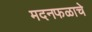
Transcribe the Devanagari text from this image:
मदनफळाचे